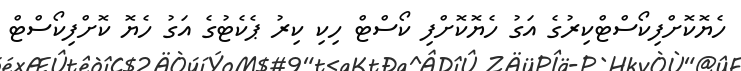
ހެޔޮކޮށްފިކޯސްޓްކިރުގެ އަގު ހެޔޮކޮށްފި ކޯސްޓް ހިކި ކިރު ޕެކެޓުގެ އަގު ހެޔޮ ކޮށްފިކޯސްޓް